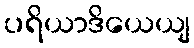
ပရိယာဒိယေယျ